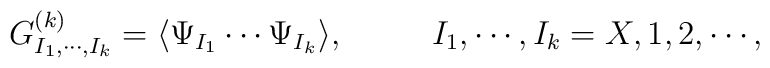
G^{(k)}_{I_{1},\cdots,I_{k}} = \langle\Psi_{I_{1}}\cdots\Psi_{I_{k}}\rangle,                          ~~~~~~~~  I_{1},\cdots,I_{k}=X,1,2,\cdots,